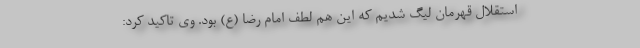
استقلال قهرمان لیگ شدیم که این هم لطف امام رضا (ع) بود. وی تاکید کرد: